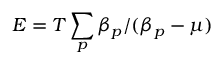
E = T \sum _ { p } \beta _ { p } / ( \beta _ { p } - \mu )